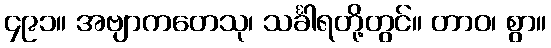
၄၉၁။ အဗျာကတေသု၊ သင်္ခါရတို့တွင်။ တာဝ၊ စွာ။